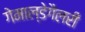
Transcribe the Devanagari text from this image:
गेमाल्डेगैलरी